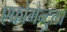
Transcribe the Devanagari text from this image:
एक्रोमैन्टुला